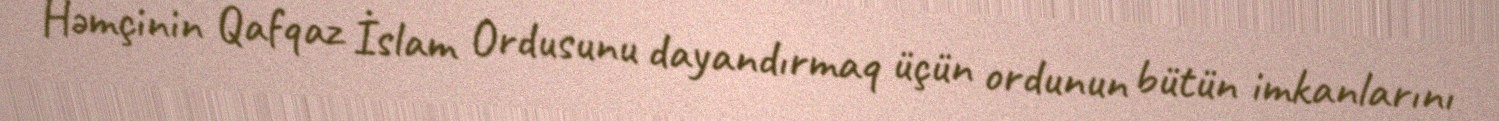
Həmçinin Qafqaz İslam Ordusunu dayandırmaq üçün ordunun bütün imkanlarını